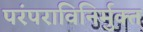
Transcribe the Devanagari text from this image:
परंपराविनिर्मुक्त